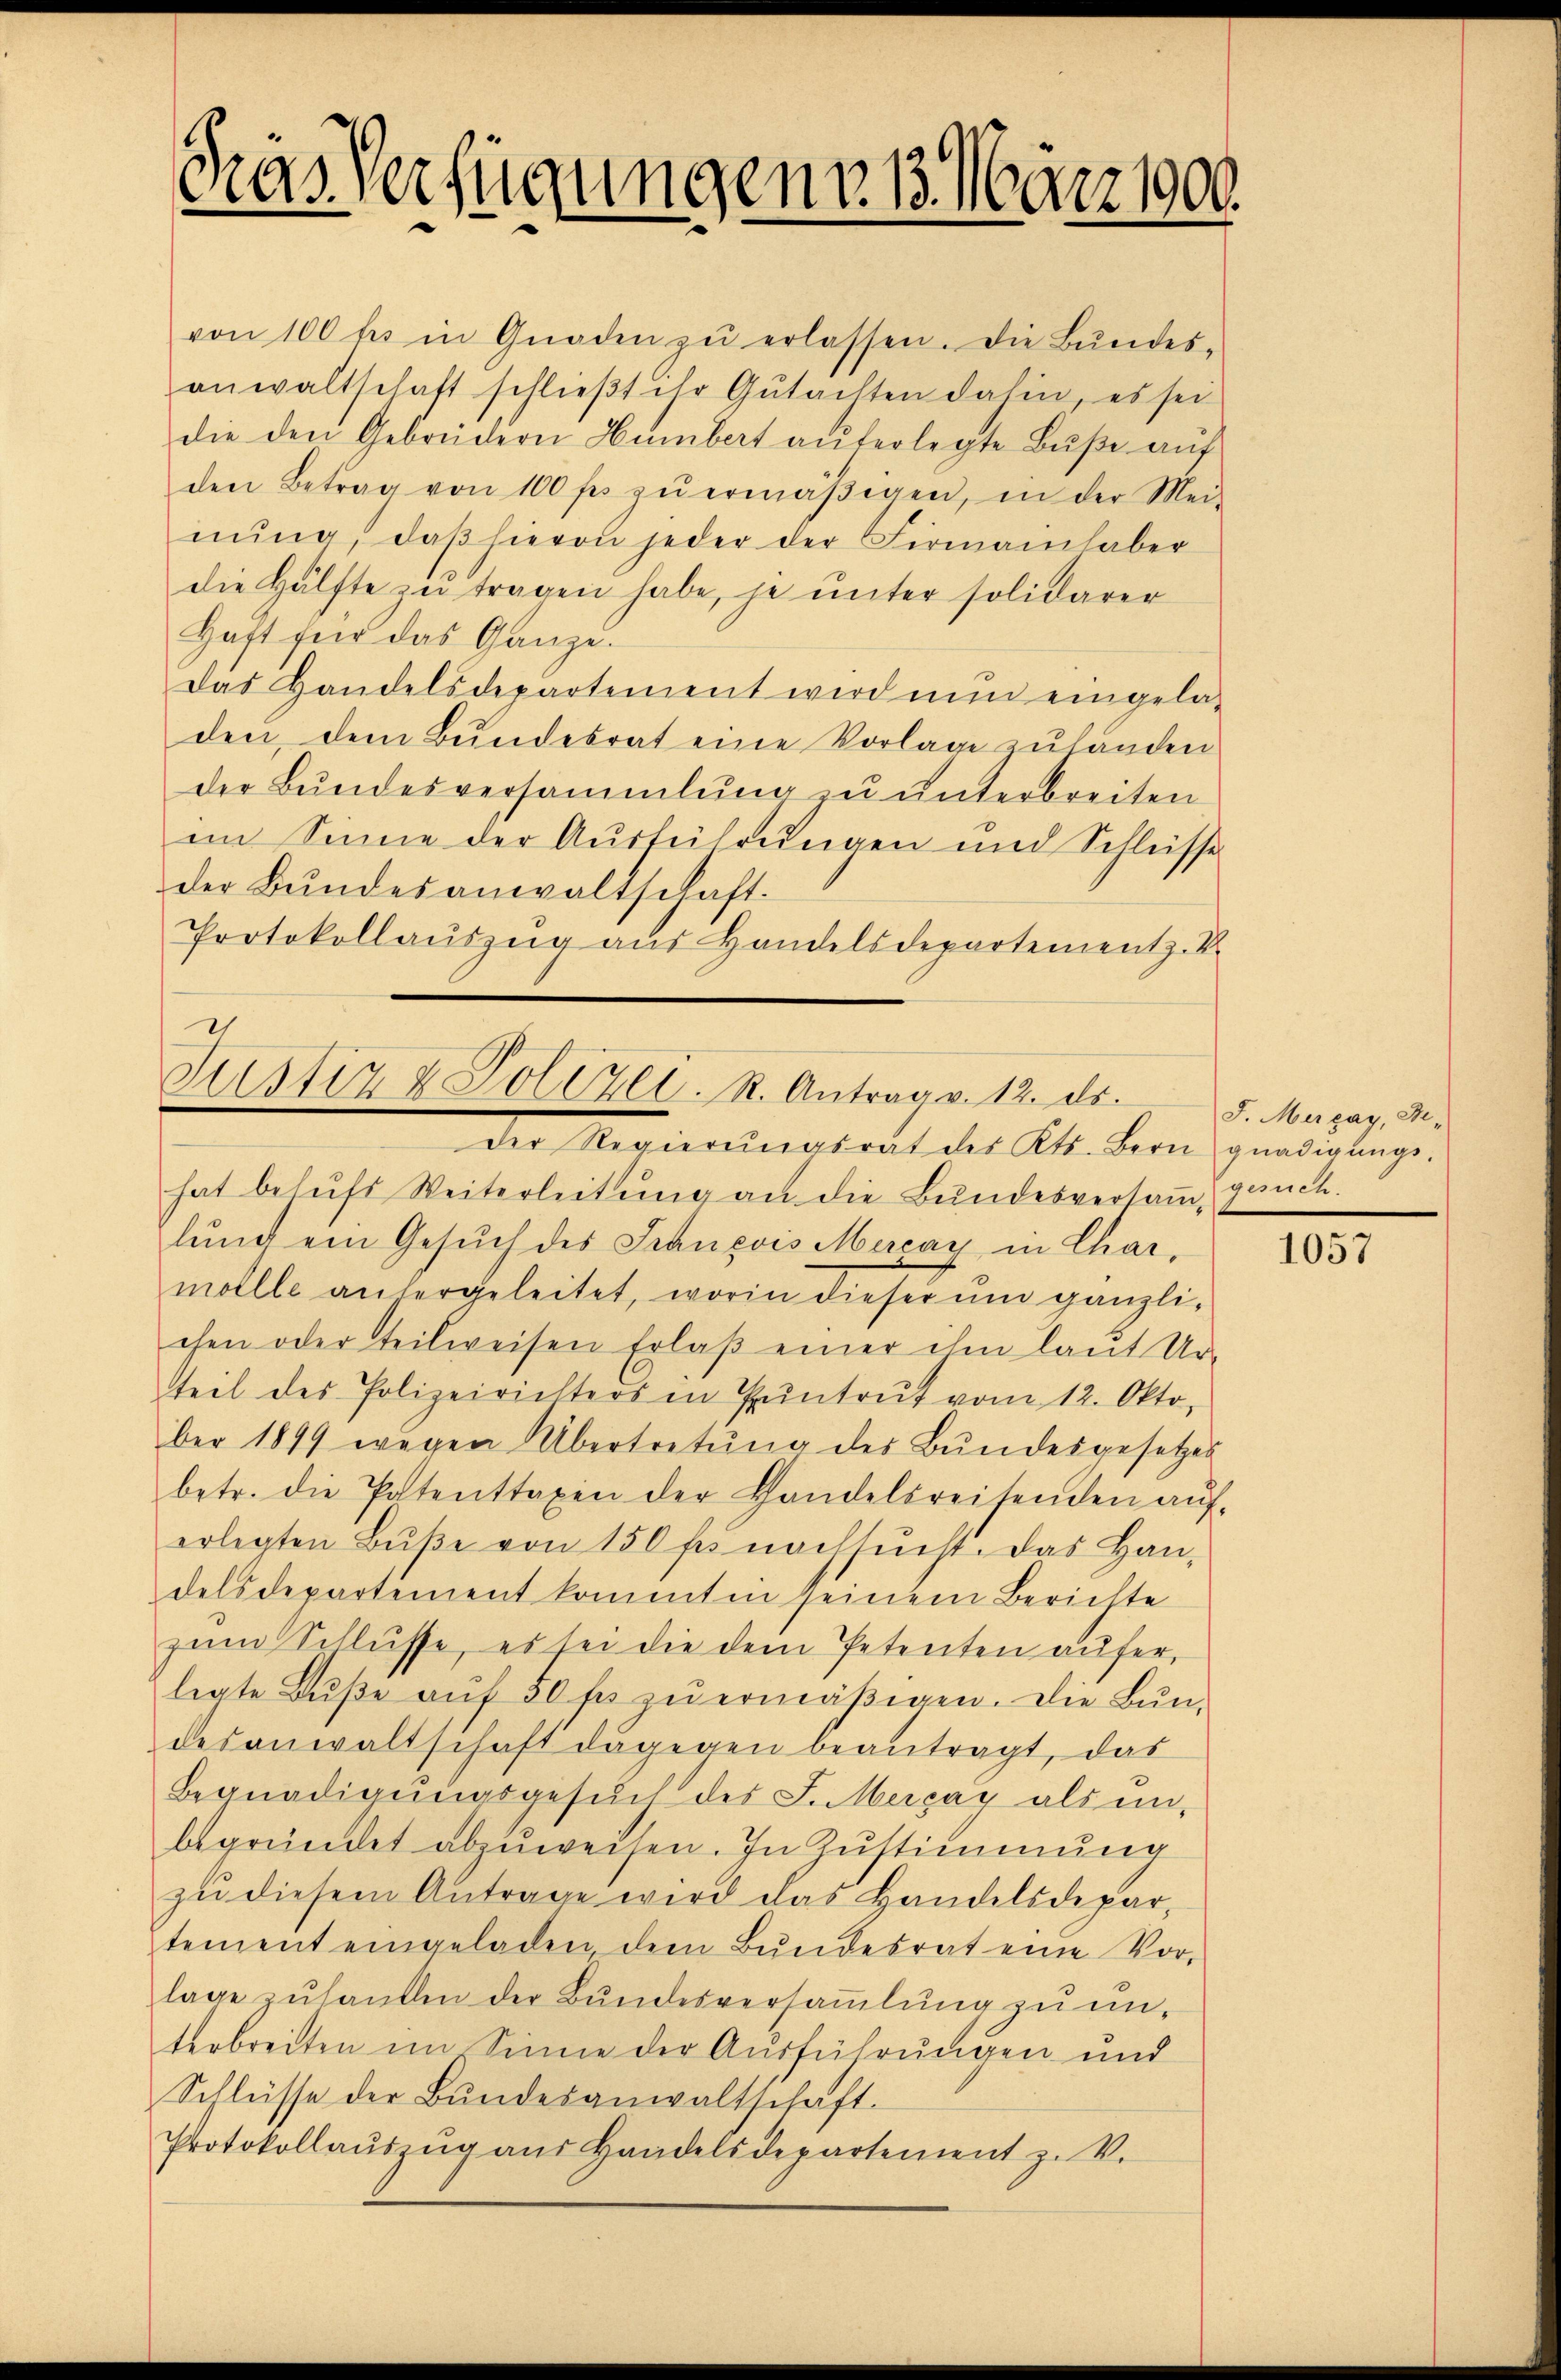
Das Verfügungen 13. März 1900.

von 100 fl in Gnaden zŭ erlassen. Die Bŭndes-
anwaltschaft schlieβt ihr Gŭtachten dahin, es sei
die den Gebrüdern Humbert auferlegte Buße auf
den Betrag von 100 fr zŭ ermäβigen, in der Mei-
nŭng, daβ hievon jeder der Firmannhaber
die Hälfte zŭ tragen habe, je ŭnter solidarer
Haft für das Ganze.
das Handelsdepartement wird nun eingela-
den, dem Bundesrat eine Vorlage zuländen
der Bŭndesversammlung zŭ ŭnterbreiten
im Sinne der Ausführungen und Schlüsse
der Bŭndesanwaltschaft.
Protokollauszug aus Handelsdepartementz. V.
der Regierŭngsrat des Kts. Bern gnädigŭngs-
hat behŭfs Weiterleitung an die Bundesversam gesuch.
lung ein Gesŭch des François Mercay in Charmolle anhergeleitet, worin dieser ŭm gänzli-
chen oder teilweisen Erlaβ einer ihm laŭt Ur-
teil des Polizeivielters in Pŭntrŭt vom 12. Okto
ber 1899 wegen Übertretŭng des Bŭndesgesetzes
betr. die Patenttaxen der Handelsreisenden aŭf-
erlegten Bŭβe von 150 fr nachsucht. Das Han-
delsdepartement kommten seinem Berichte
zŭm Schlüsse, es sei die dem Petenten auferlegte Bŭβe aŭf 30 fr zŭ ermäβigen. Die Bŭn-
desanwaltschaft dagegen beantragt, das
Begnadigŭngsgesŭch des J. Mercay als un-
begründet abzuweisen. In Zustimmung
zu diesem Antrage wird das Handelsdepartement eingeladen, dem Bŭndesrat eine Vor-
lage zuhanden der Bundesversammlung zu unterbreiten im Sinne der Ausführungen und
Schlüsse der Bŭndesanwaltschaft.
Protokollaŭszŭg aŭs Handelsdepartement z. V.

Justiz & Polizei. R. Antrag v. 12. ds.

J. Mergay, Be-

1057